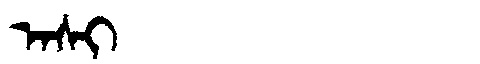
Manchu: ᠠᠰᡳ
Romanization: ASI